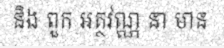
និង ពួក អត្ថវណ្ណ នា មាន